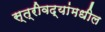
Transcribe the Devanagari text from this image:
स्त्रीवद्यांमधील